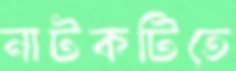
নাটকটিতে